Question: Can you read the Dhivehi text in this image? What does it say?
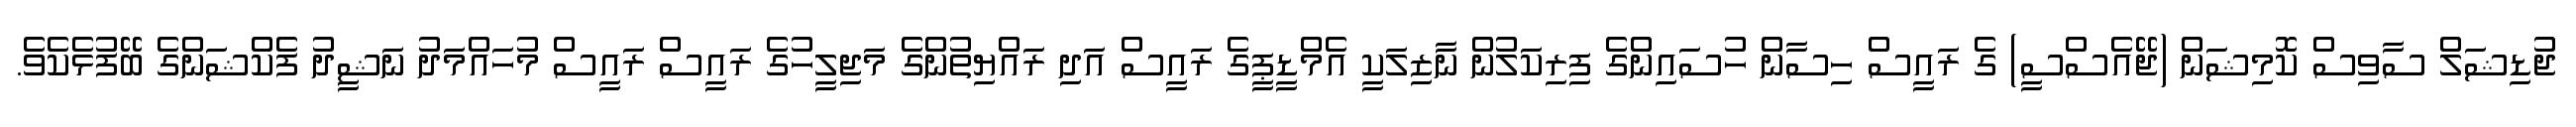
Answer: ޖުޑިޝަލް ސާވިސް ކޮމިޝަން (ޖޭއެސްސީ) ގެ ރައީސް ހިސާން ހުސައިންގެ ފިރިކަލުން ނާޒިލަކީ އެމްޑީޕީގެ ރައީސް އަދި ރައްޔިތުންގެ މަޖިލީހުގެ ރައީސް ރައީސް މުހައްމަދު ނަޝީދު ފެކްޝަންގެ ބޭފުޅެކެވެ.